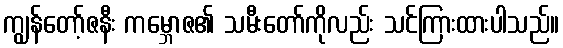
ကျွန်တော့်ဇနီး ကမ္ဘောဇ၏ သမီးတော်ကိုလည်း သင်ကြားထားပါသည်။